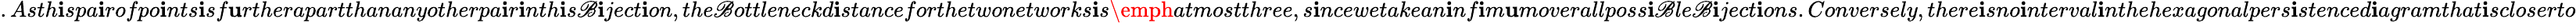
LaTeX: .Asth\mathbf{i}spa\mathbf{i}rofpo\mathbf{i}nts\mathbf{i}sf\mathbf{u}rtherapartthananyotherpa\mathbf{i}r\mathbf{i}nth\mathbf{i}s\mathscr{B}\mathbf{i}ject\mathbf{i}on,the\mathscr{B}ottleneckd\mathbf{i}stanceforthetwonetworks\mathbf{i}s\emph{{atmostthree}},s\mathbf{i}ncewetakean\mathbf{i}nf\mathbf{i}m\mathbf{u}moverallposs\mathbf{i}\mathscr{B}le\mathscr{B}\mathbf{i}ject\mathbf{i}ons.Conversely,there\mathbf{i}sno\mathbf{i}nterval\mathbf{i}nthehexagonalpers\mathbf{i}stenced\mathbf{i}agramthat\mathbf{i}scloserto